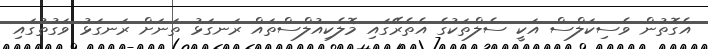
އެގޮތުން ވެސިކަލްސް އަކީ ސެލްތަކުގެ އެތެރޭގައި މޮލެކިއުލްސްތައް ރަނގަޅު ތަނަށް ރަނގަޅު ވަގުތުގައި